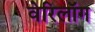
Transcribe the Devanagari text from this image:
वेरिलॉग